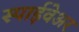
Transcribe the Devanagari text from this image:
स्पाईवेअर